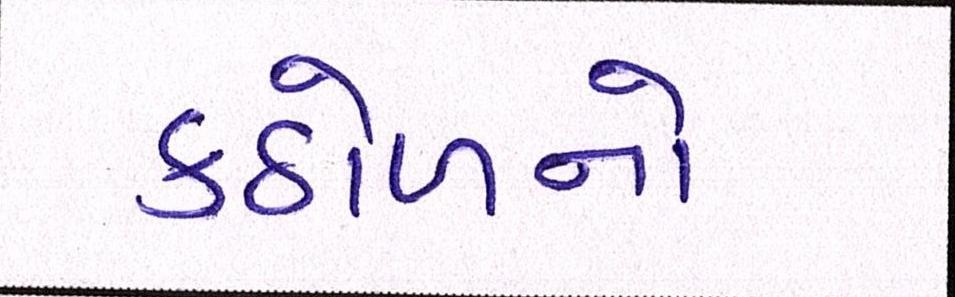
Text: કઠોળનો